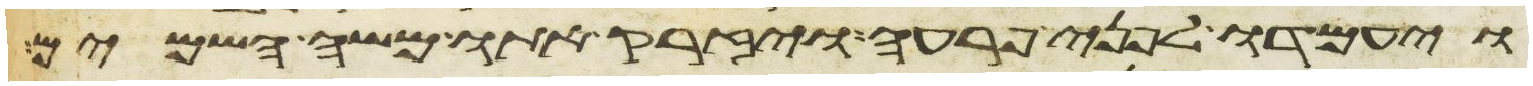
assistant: ויעמדו לפני פרעה ויזרק אתו משה השמים